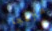
منزعجا